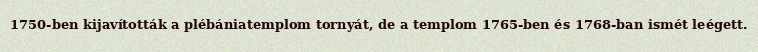
1750-ben kijavították a plébániatemplom tornyát, de a templom 1765-ben és 1768-ban ismét leégett.